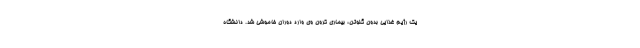
یک رژیم غذایی بدون گلوتن، بیماری کرون وی وارد دوران خاموشی شد. دانشگاه